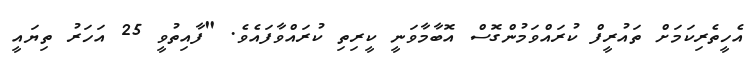
އެހީތެރިކަމަށް ތައުރީފް ކުރައްވަމުންގޮސް އޮބާމާވަނީ ކީރިތި ކުރައްވާފައެވެ. "ފާއިތުވީ 25 އަހަރު ތިޔައީ